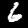
Label: 6